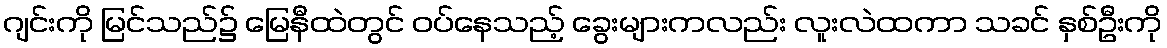
ဂျင်းကို မြင်သည်၌ မြေနီထဲတွင် ဝပ်နေသည့် ခွေးများကလည်း လူးလဲထကာ သခင် နှစ်ဦးကို